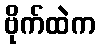
ဗိုက်ထဲက